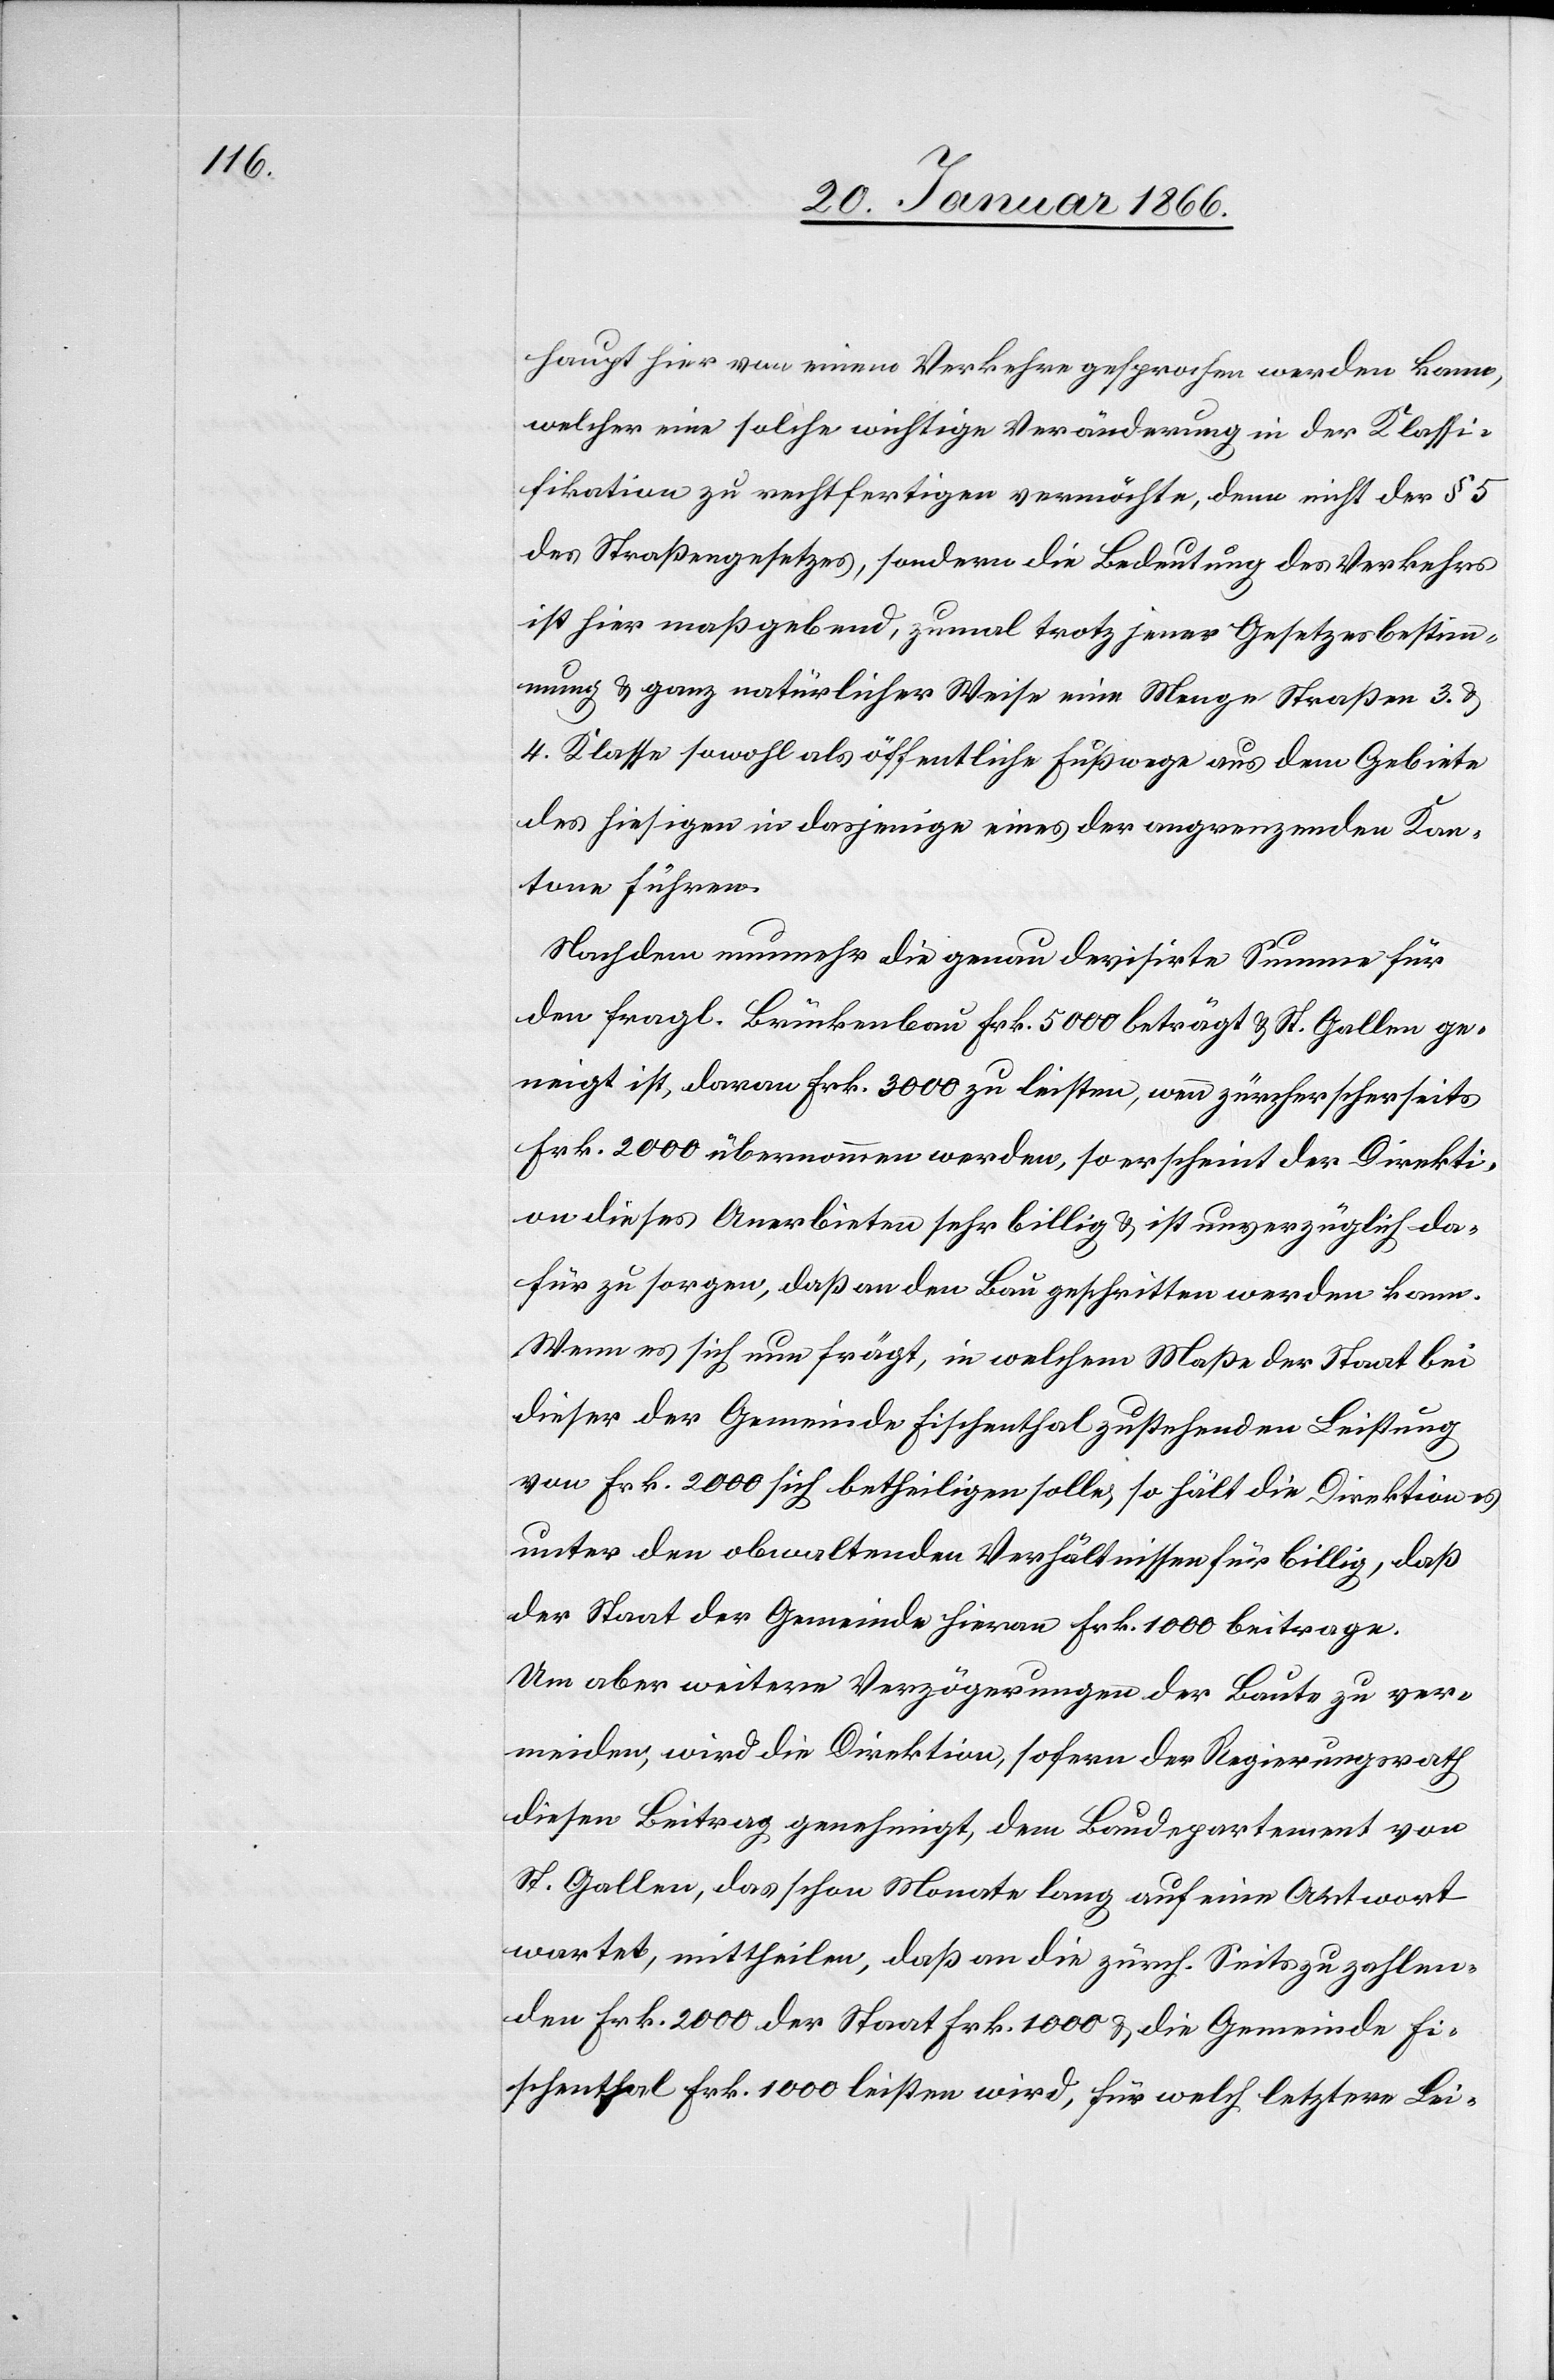
haupt hier von einem Verkehre gesprochen werden kann,
welcher eine solche wichtige Veränderung in der Klassi¬
fikation zu rechtfertigen vermöchte, denn nicht der § 5
des Straßengesetzes, sondern die Bedeutung des Verkehrs
ist hier maßgebend, zumal trotz jener Gesetzesbestim¬
mung u. ganz natürlicher Weise eine Menge Straßen 3. u.
4. Klasse sowohl als öffentliche Fußwege aus dem Gebiete
des hierseitigen in dasjenige eines der angrenzenden Kan¬
tone führen.
Nachdem nunmehr die genau devisirte Summe für
den fragl. Brückenbau Frk. 5000 beträgt u. St. Gallen ge¬
neigt ist, daran Frk. 3000 zu leisten, wenn zürcherischerseits
Frk. 2000 übernommen werden, so erscheint der Direkti¬
on dieses Anerbieten sehr billig u. ist unverzüglich da¬
für zu sorgen, daß an den Bau geschritten werden kann.
Wenn es sich nun frägt, in welchem Maße der Staat bei
dieser der Gemeinde Fischenthal zustehenden Leistung
von Frk. 2000 sich betheiligen solle, so hält die Direktion es
unter den obwaltenden Verhältnissen für billig, daß
der Staat der Gemeinde hievon Fr. 1000 beitrage.
Um aber weitere Verzögerungen der Baute zu ver¬
meiden, wird die Direktion, sofern der Regierungsrath
diesen Beitrag genehmigt, dem Baudepartement von
St. Gallen, das schon Monate lang auf eine Antwort
wartet, mittheilen, daß an die zürch. Seits zu zahlen¬
den Frk. 2000 der Staat Frk. 1000 u. die Gemeinde Fi¬
schenthal Frk. 1000 leisten wird, für welch letztere Lei-